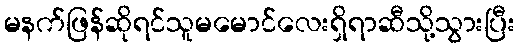
မနက်ဖြန်ဆိုရင်သူမမောင်လေးရှိရာဆီသို့သွားပြီး